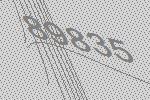
89835